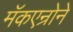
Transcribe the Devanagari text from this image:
मॅकएन्रोने